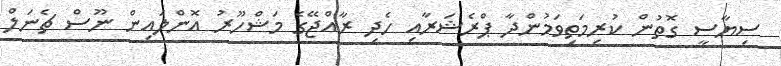
ސިޔާސީ ގޮތުން ކުރިމަތިވަމުންދާ ޕްރެޝަރާއި ހެދި ރާއްޖޭގެ މަޝްހޫރު އޮންލައިން ނޫސް ޗެނަލް